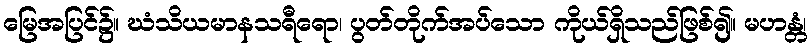
မြေအပြင်၌။ ဃံသိယမာနသရီရော၊ ပွတ်တိုက်အပ်သော ကိုယ်ရှိသည်ဖြစ်၍။ မဟန္တံ၊